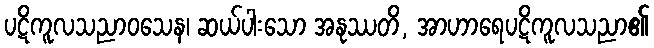
ပဋိကူလသညာဝသေန၊ ဆယ်ပါးသော အနုဿတိ, အာဟာရေပဋိကူလသညာ၏